Lunatic asylums Madras 1877-1891 - 1877-1891
Year: 1877
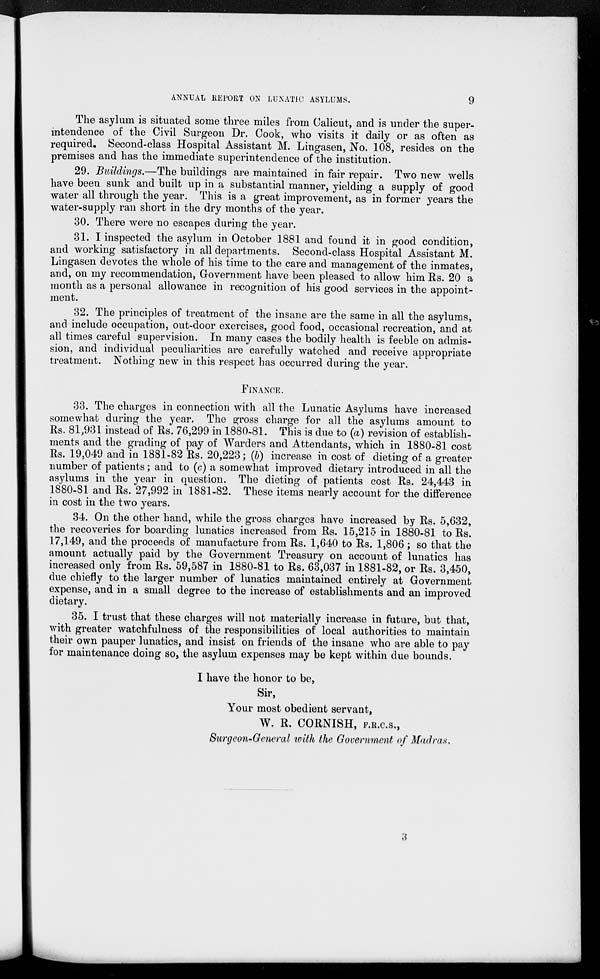
ANNUAL REPORT ON LUNATIC ASYLUMS.
9
The asylum is situated some three miles from Calicut, and is under the super-
intendence of the Civil Surgeon Dr. Cook, who visits it daily or as often as
required. Second-class Hospital Assistant M. Lingasen, No. 108, resides on the
premises and has the immediate superintendence of the institution.
29. Buildings.—The buildings are maintained in fair repair. Two new wells
have been sunk and built up in a substantial manner, yielding a supply of good
water all through the year. This is a great improvement, as in former years the
water-supply ran short in the dry months of the year.
30. There were no escapes during the year.
31. I inspected the asylum in October 1881 and found it in good condition,
and working satisfactory in all departments. Second-class Hospital Assistant M.
Lingasen devotes the whole of his time to the care and management of the inmates,
and, on my recommendation, Government have been pleased to allow him Rs. 20 a
month as a personal allowance in recognition of his good services in the appoint-
ment.
32. The principles of treatment of the insane are the same in all the asylums,
and include occupation, out-door exercises, good food, occasional recreation, and at
all times careful supervision. In many cases the bodily health is feeble on admis-
sion, and individual peculiarities are carefully watched and receive appropriate
treatment. Nothing new in this respect has occurred during the year.
FINANCE.
33. The charges in connection with all the Lunatic Asylums have increased
somewhat during the year. The gross charge for all the asylums amount to
Rs. 81,931 instead of Rs. 76,299 in 1880-81. This is due to (a) revision of establish-
ments and the grading of pay of Warders and Attendants, which in 1880-81 cost
Rs. 19,049 and in 1881-82 Rs. 20,223; (b) increase in cost of dieting of a greater
number of patients; and to (c) a somewhat improved dietary introduced in all the
asylums in the year in question. The dieting of patients cost Rs. 24,443 in
1880-81 and Rs. 27,992 in 1881-82. These items nearly account for the difference
in cost in the two years.
34. On the other hand, while the gross charges have increased by Rs. 5,632,
the recoveries for boarding lunatics increased from Rs. 15,215 in 1880-81 to Rs.
17,149, and the proceeds of manufacture from Rs. 1,640 to Rs. 1,806 ; so that the
amount actually paid by the Government Treasury on account of lunatics has
increased only from Rs. 59,587 in 1880-81 to Rs. 63,037 in 1881-82, or Rs. 3,450,
due chiefly to the larger number of lunatics maintained entirely at Government
expense, and in a small degree to the increase of establishments and an improved
dietary.
35. I trust that these charges will not materially increase in future, but that,
with greater watchfulness of the responsibilities of local authorities to maintain
their own pauper lunatics, and insist on friends of the insane who are able to pay
for maintenance doing so, the asylum expenses may be kept within due bounds.
I have the honor to be,
Sir,
Your most obedient servant,
W. R. CORNISH, F.R.C.S.,
Surgeon-General with the Government of Madras.
3